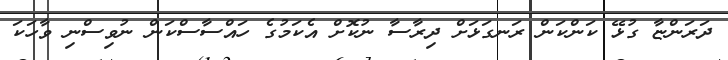
ދަރަންޏާ ގުޅޭ ކަންކަން ރަނގަޅަށް ދިރާސާ ނުކޮށް އެކަމުގެ ހައްސާސްކަން ނުވިސްނި ވާހަކަ